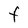
Character: F